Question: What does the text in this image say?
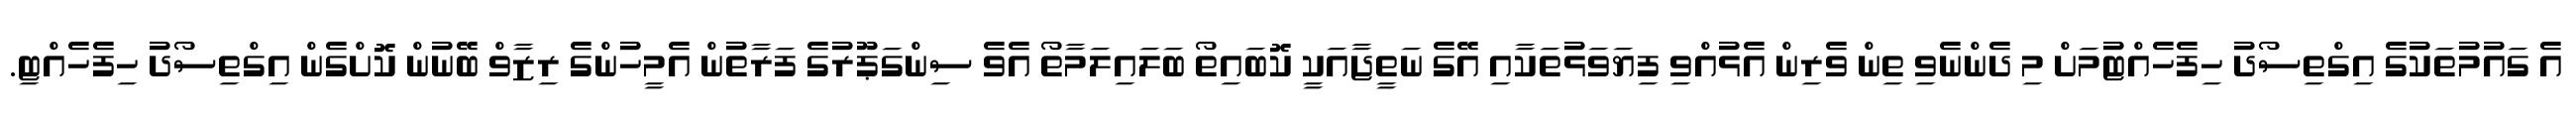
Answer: އެ ގައުމުތަކުގެ އިގްތިސޯދު ހިފެހެއްޓުމަށް މި ދެންނެވި ތިން ވެރިން އެޅުއްވި ފިޔަވަޅުތަކާއި އޭގެ ނަތީޖާއަކީ ކޮބައިތޯ ބަލައިލަމާތޯ އެވެ ސިންގަޕޫރުގެ ފަރާތުން އެމީހުންގެ ރިޒާވް ބޭނުން ކޮށްގެން އިގްތިސޯދު ހިފެހެއްޓި.